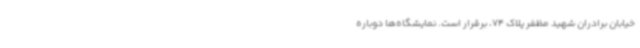
خیابان برادران شهید مظفر پلاک 74، برقرار است. نمایشگاه‌ها دوباره